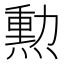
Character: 勲